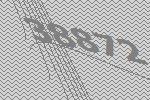
38872